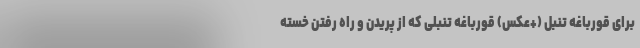
برای قورباغه تنبل (+عکس) قورباغه تنبلی که از پریدن و راه رفتن خسته